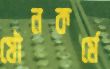
যৌনকর্মে